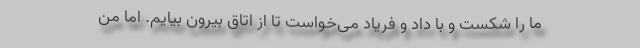
ما را شکست و با داد و فریاد می‌خواست تا از اتاق بیرون بیایم. اما من